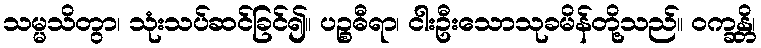
သမ္မသိတွာ၊ သုံးသပ်ဆင်ခြင်၍။ ပဉ္စဓီရာ၊ ငါးဦးသောသုခမိန်တို့သည်။ ဝက္ခန္တိ၊